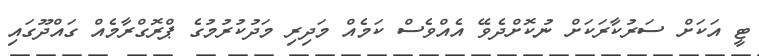
ޓީ އަކަށް ސަރުކާރަކަށް ނުކޮށްދެވޭ އެއްވެސް ކަމެއް މަދިިރި މަދުކުުރުމުގެ ޕްރޮގްރާމެއް ގައްދޫގައި